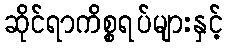
ဆိုင်ရာကိစ္စရပ်များနှင့်